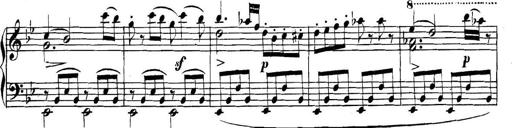
Title: Collected Piano Sonatas
Composer: Muzio Clementi